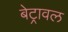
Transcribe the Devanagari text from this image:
बेट्रावल